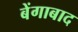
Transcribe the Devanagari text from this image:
बेंगाबाद